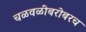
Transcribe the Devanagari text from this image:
चळवळींबरोबरच